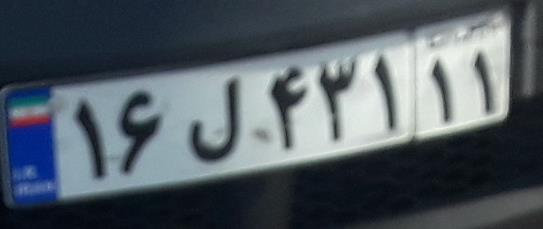
۱۶ل۴۳۱۱۱